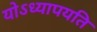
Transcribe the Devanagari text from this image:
योऽध्यापयति